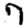
Digit: 7